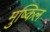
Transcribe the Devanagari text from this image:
मुष्किल